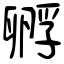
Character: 孵